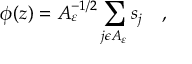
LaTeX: \phi ( z ) = A _ { \varepsilon } ^ { - 1 / 2 } \sum _ { j \epsilon A _ { \varepsilon } } s _ { j } \quad ,